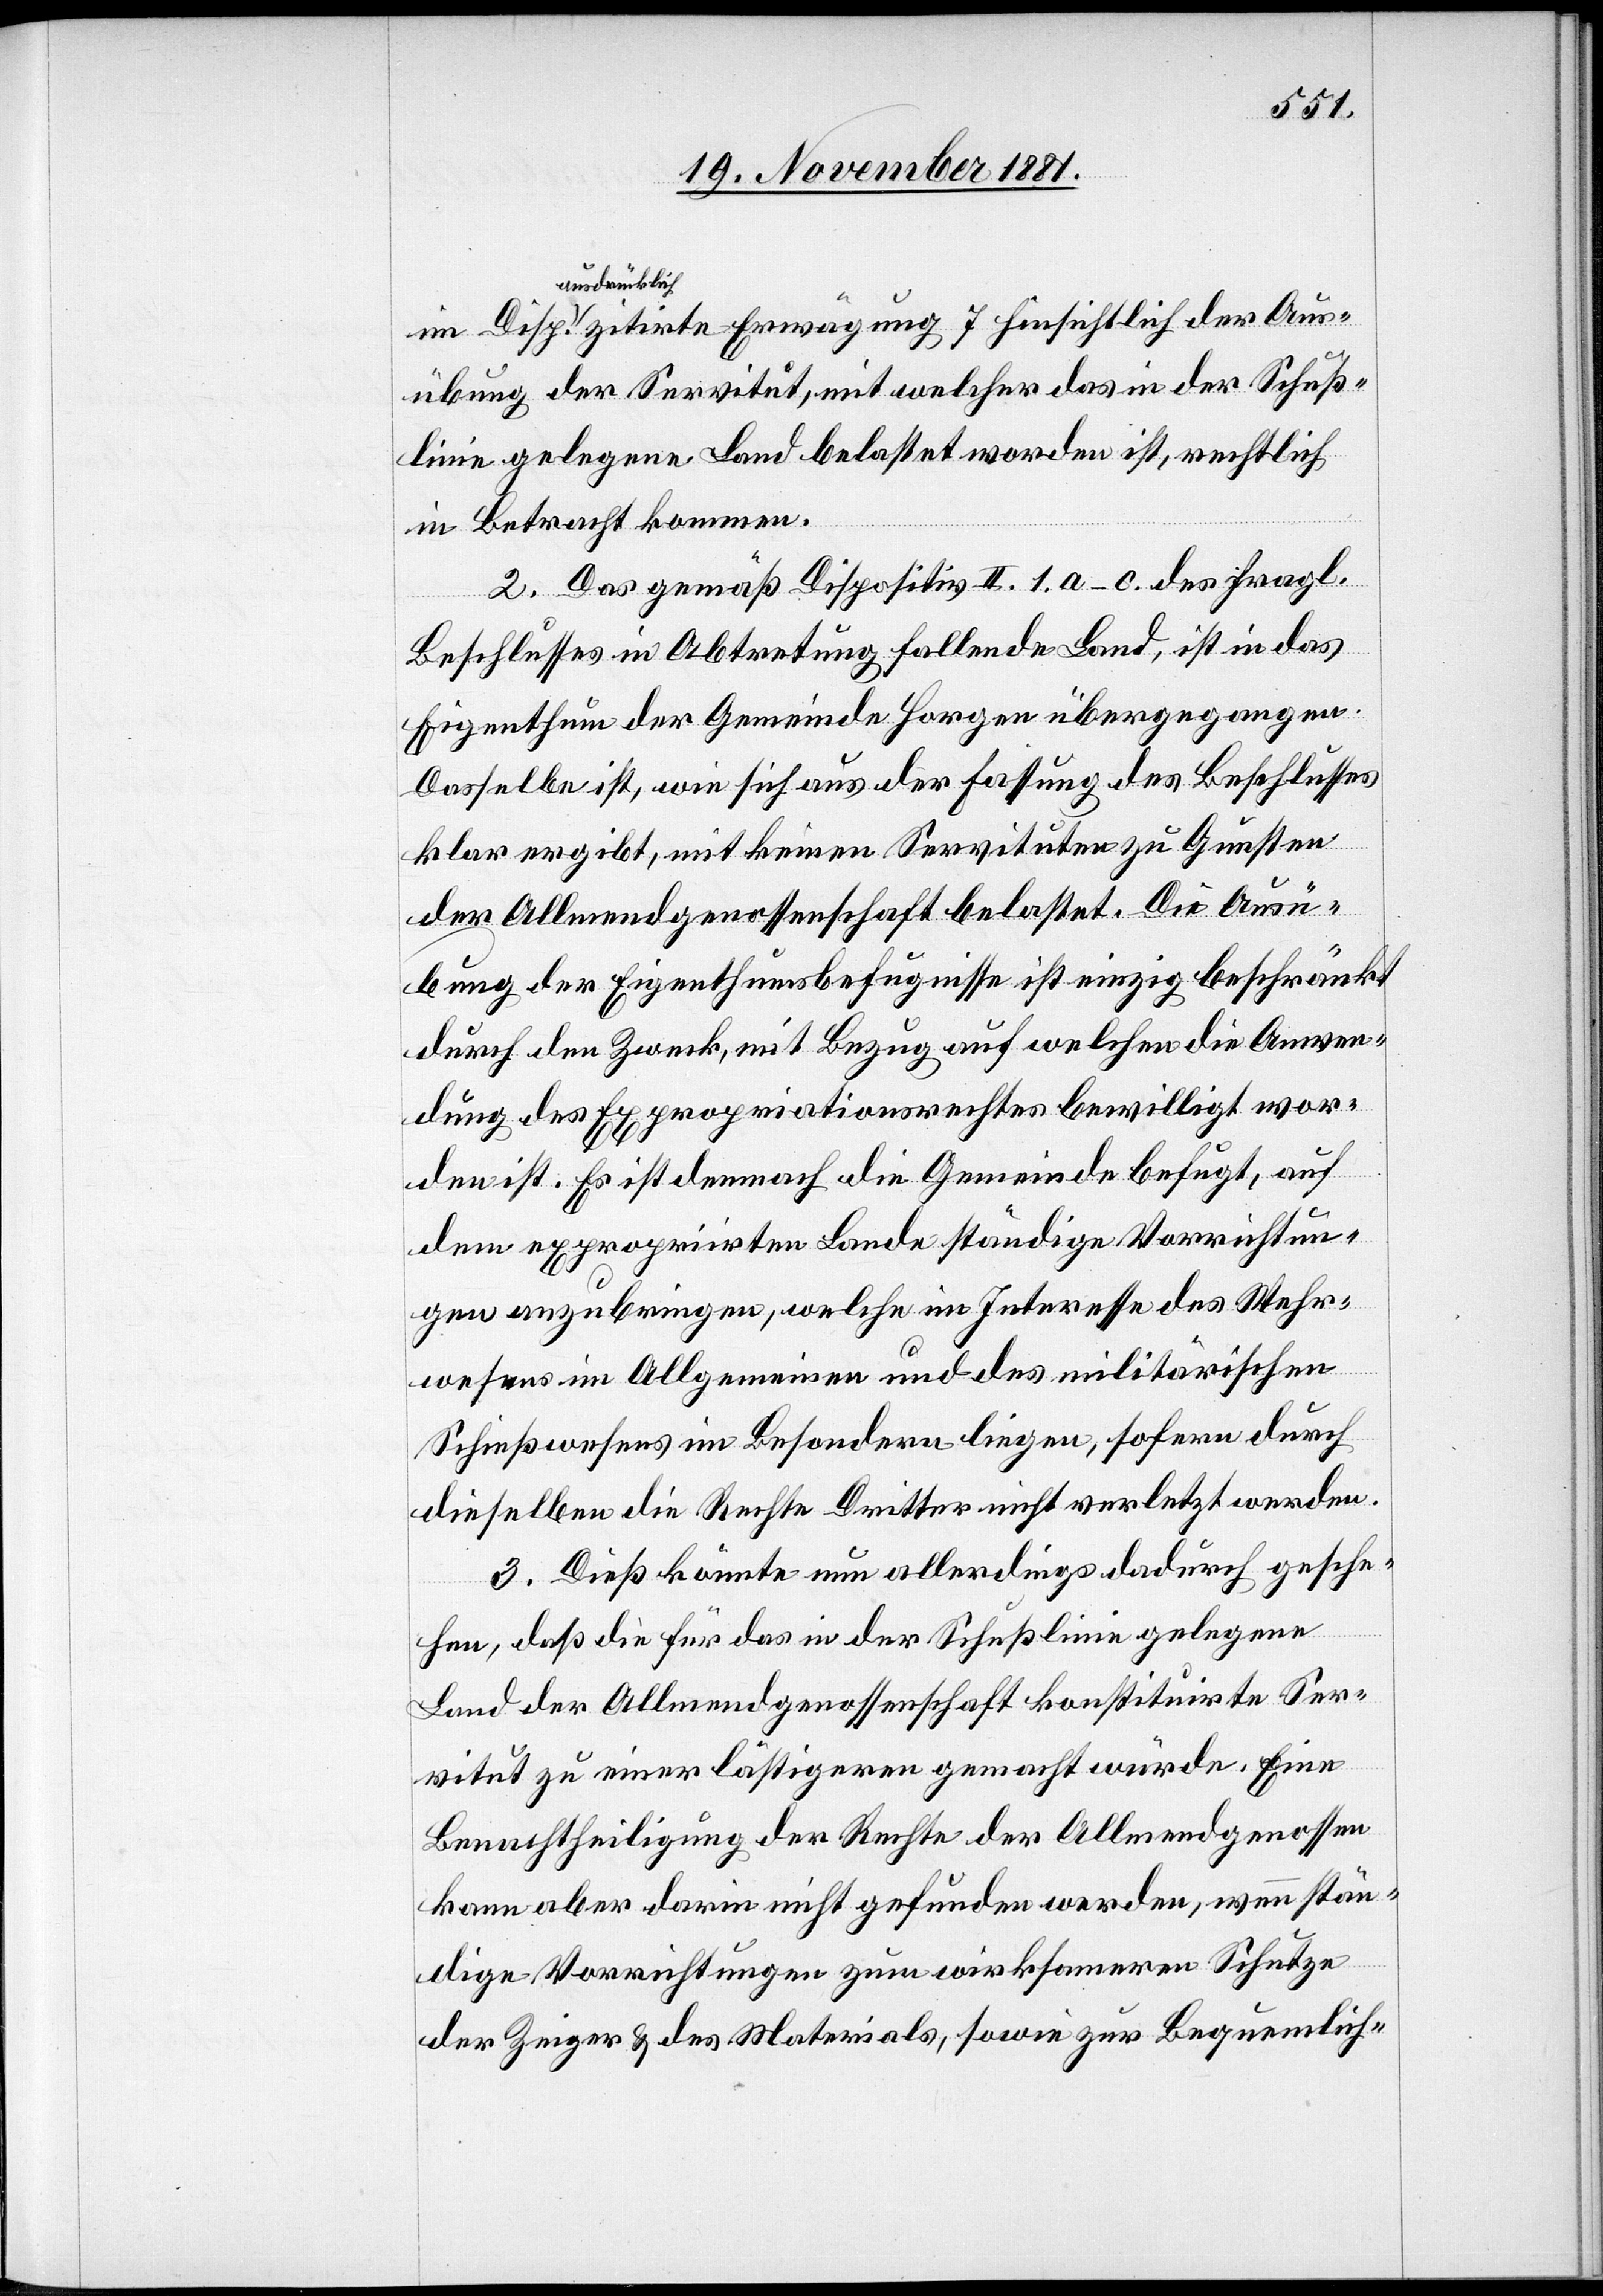
ausdrücklic¬
h zitirte Erwägung 7 hinsichtlich der Aus¬
übung der Servitut, mit welcher das in der Schuß¬
linie gelegene Land belastet worden ist, rechtlich
in Betracht kommen.
2. Das gemäß Dispositiv II. 1. a–c. des fragl.
Beschlusses in Abtretung fallende Land, ist in das
Eigenthum der Gemeinde Horgen übergegangen.
Dasselbe ist, wie sich aus der Fassung des Beschlusses
klar ergibt, mit keinen Servituten zu Gunsten
der Allmendgenossenschaft belastet. Die Ausü¬
bung der Eigenthumsbefugnisse ist einzig beschränkt
durch den Zweck, mit Bezug auf welchen die Anwen¬
dung des Expropriationsrechtes bewilligt wor¬
den ist. Es ist demnach die Gemeinde befugt, auf
dem expropriirten Lande ständige Vorrichtun¬
gen anzubringen, welche im Interesse des Wehr¬
wesens im Allgemeinen und des militärischen
Schießwesens im Besonderen liegen, sofern durch
dieselben die Recht Dritter nicht verletzt werden.
3. Dieß könnte nun allerdings dadurch gesche¬
hen, daß die für das in der Schußlinie gelegene
Land der Allmendgenossenschaft konstituirte Ser¬
vitut zu einer lästigeren gemacht würde. Eine
Benachtheiligung der Rechte der Allmendgenossen
kann aber darin nicht gefunden werden, wenn stän¬
dige Vorrichtungen zum wirksameren Schutze
der Zeiger & des Materials, sowie zur Bequemlich-